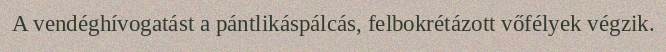
A vendéghívogatást a pántlikáspálcás, felbokrétázott vőfélyek végzik.